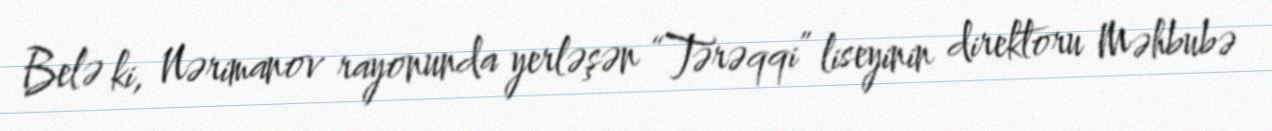
Belə ki, Nərimanov rayonunda yerləşən “Tərəqqi” liseyinin direktoru Məhbubə